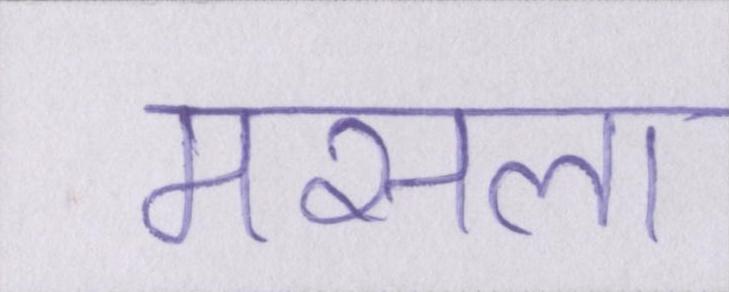
मसला